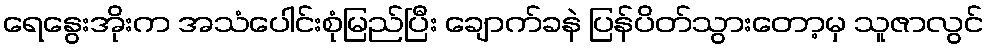
ရေနွေးအိုးက အသံပေါင်းစုံမြည်ပြီး ချောက်ခနဲ ပြန်ပိတ်သွားတော့မှ သူဇာလွင်